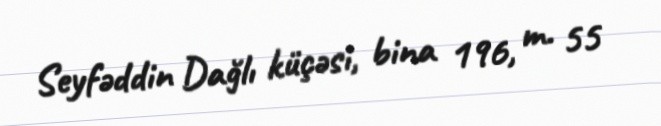
Seyfəddin Dağlı küçəsi, bina 196, m. 55